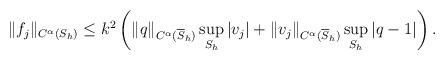
LaTeX: \begin{align*} \begin{aligned} \|f_{j}\|_{C^{\alpha} (S_h)}& \leq k^2\left(\|q\|_{C^{\alpha}(\overline S_h)}\sup_{S_h}\vert v_{j} \vert+\|v_{j}\|_{C^{\alpha}( \overline S_h)}\sup_{S_h}\vert q-1\vert\right). \end{aligned} \end{align*}